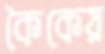
কৈকেয়